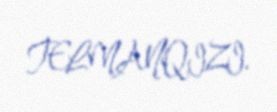
TELMANQIZI.